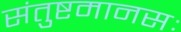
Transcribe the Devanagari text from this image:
संतुष्टमानसः